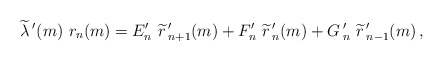
\begin{align*}\widetilde{\lambda}\,'(m)\ r_n(m)=E'_{n}\ \widetilde{r}\,'_{n+1}(m) +F'_n\ \widetilde{r}\,'_{n}(m) +G\,'_n\ \widetilde{r}\,'_{n-1}(m) \,,\end{align*}